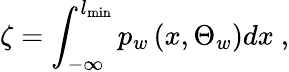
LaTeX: \zeta=\int_{-\infty}^{l_{\operatorname*{min}}}p_{w}\left(x,\Theta_{w}\right)dx\ ,